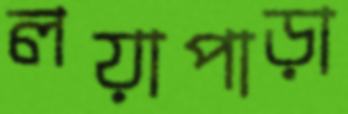
লয়াপাড়া